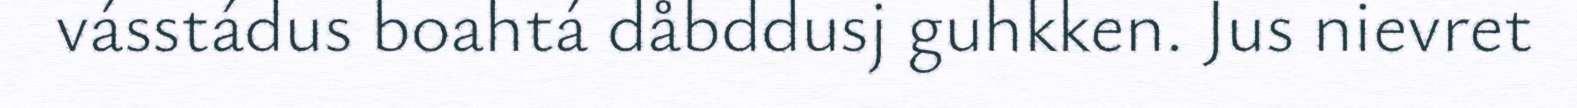
vásstádus boahtá dåbddusj guhkken. Jus nievret